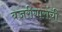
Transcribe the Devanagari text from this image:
बजरीगारांची